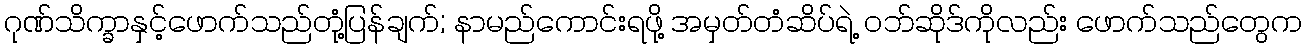
ဂုဏ်သိက္ခာနှင့်ဖောက်သည်တုံ့ပြန်ချက်; နာမည်ကောင်းရဖို့ အမှတ်တံဆိပ်ရဲ့ ဝဘ်ဆိုဒ်ကိုလည်း ဖောက်သည်တွေက